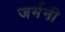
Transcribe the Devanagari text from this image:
जर्मनी